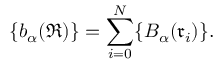
\{ b _ { \alpha } ( \mathfrak { R } ) \} = \sum _ { i = 0 } ^ { N } \{ B _ { \alpha } ( \mathfrak { r } _ { i } ) \} .